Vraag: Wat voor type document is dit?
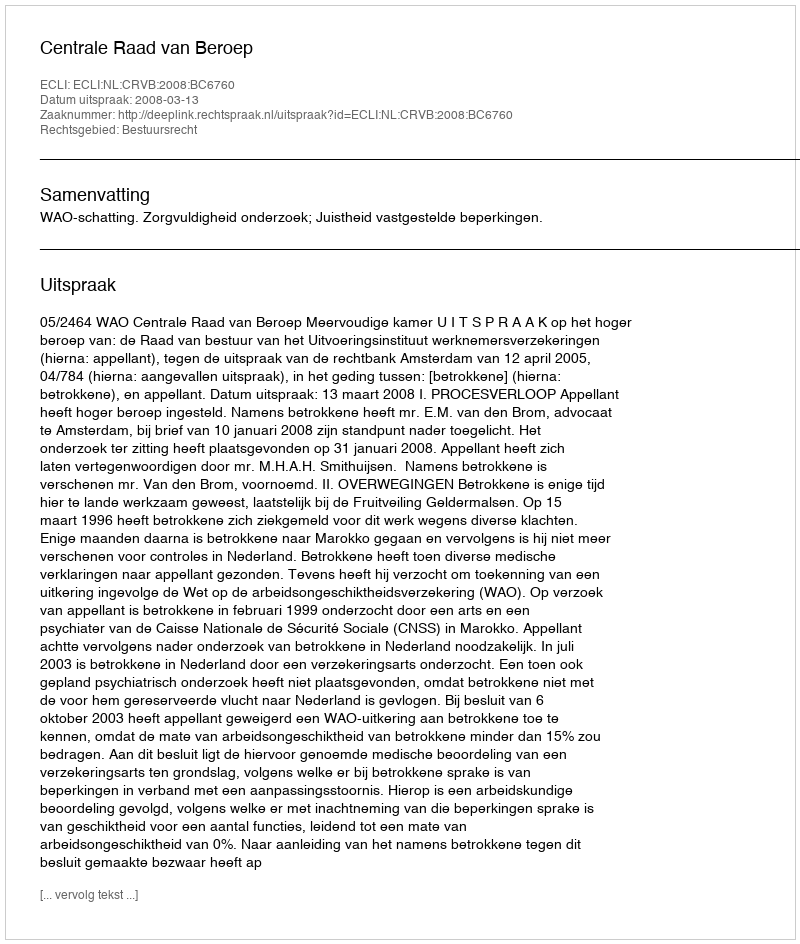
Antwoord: Uitspraak